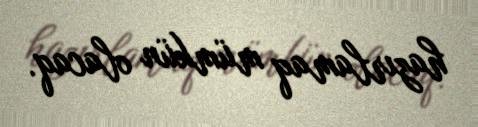
hazırlamaq mümkün olacaq.